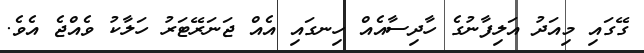
ގޭގައި މިއަދު އަލިފާނުގެ ހާދިސާއެއް ހިނގައި އެއް ޖަނަރޭޓަރު ހަލާކު ވެއްޖެ އެވެ.